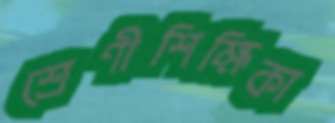
শ্রেণীশিক্ষিকা